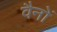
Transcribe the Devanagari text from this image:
वैनों